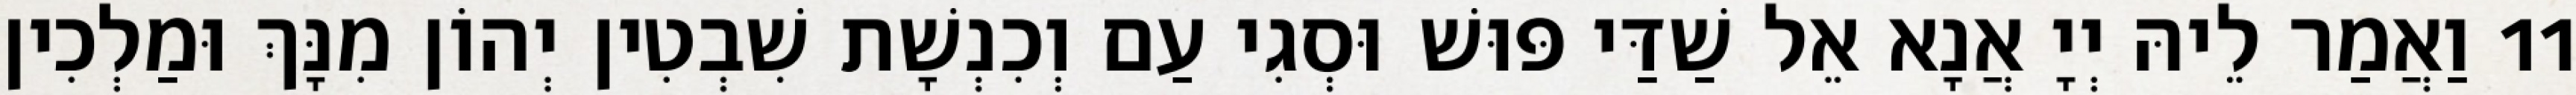
11 וַאֲמַר לֵיהּ יְיָ אֲנָא אֵל שַׁדַּי פּוּשׁ וּסְגִי עַם וְכִנְשָׁת שִׁבְטִין יְהוֹן מִנָּךְ וּמַלְכִין